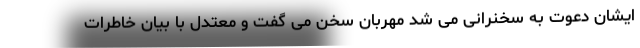
ایشان دعوت به سخنرانی می شد مهربان سخن می گفت و معتدل با بیان خاطرات